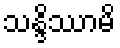
သန္ဒိဿာမိ